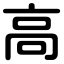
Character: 高